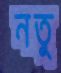
নতু